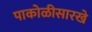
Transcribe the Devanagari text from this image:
पाकोळीसारखे